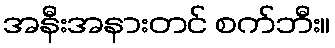
အနီးအနားတင် စက်ဘီး။